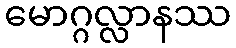
မောဂ္ဂလ္လာနဿ